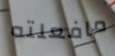
مافعلته